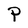
Character: P